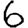
Digit: 6